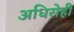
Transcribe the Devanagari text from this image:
अधिरोही